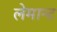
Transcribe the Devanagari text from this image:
लेमान्ट